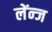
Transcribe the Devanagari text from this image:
लेंन्ज